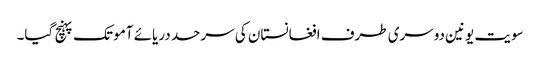
سویت یونین دوسری طرف افغانستان کی سرحد دریائے آمو تک پہنچ گیا۔